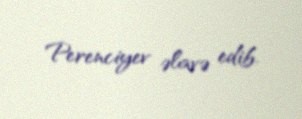
Perenciyev əlavə edib.